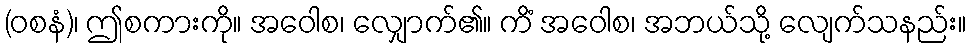
(ဝစနံ)၊ ဤစကားကို။ အဝေါစ၊ လျှောက်၏။ ကိံ အဝေါစ၊ အဘယ်သို့ လျေက်သနည်း။